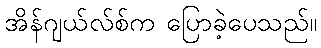
အိန်ဂျယ်လ်စ်က ပြောခဲ့ပေသည်။